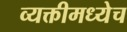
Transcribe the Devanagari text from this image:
व्यक्तीमध्येच